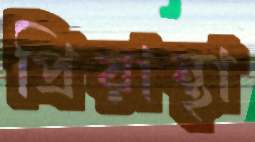
প্রিয়ান্থা